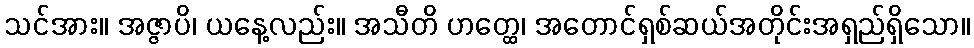
သင်အား။ အဇ္ဇာပိ၊ ယနေ့လည်း။ အသီတိ ဟတ္ထေ၊ အတောင်ရှစ်ဆယ်အတိုင်းအရှည်ရှိသော။